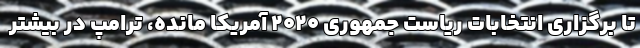
تا برگزاری انتخابات ریاست جمهوری ۲۰۲۰ آمریکا مانده، ترامپ در بیشتر